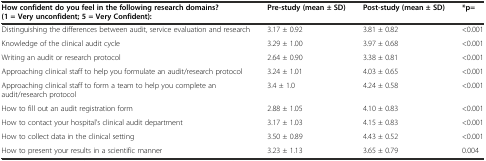
<table><thead><tr><td><b>How confident do you feel in the following research domains? (1 = Very unconfident; 5 = Very Confident):</b></td><td><b>Pre-study (mean ± SD)</b></td><td><b>Post-study (mean ± SD)</b></td><td><b>*p=</b></td></tr></thead><tbody><tr><td>Distinguishing the differences between audit, service evaluation and research</td><td>3.17 ± 0.92</td><td>3.81 ± 0.82</td><td>&lt;0.001</td></tr><tr><td>Knowledge of the clinical audit cycle</td><td>3.29 ± 1.00</td><td>3.97 ± 0.68</td><td>&lt;0.001</td></tr><tr><td>Writing an audit or research protocol</td><td>2.64 ± 0.90</td><td>3.38 ± 0.81</td><td>&lt;0.001</td></tr><tr><td>Approaching clinical staff to help you formulate an audit/research protocol</td><td>3.24 ± 1.01</td><td>4.03 ± 0.65</td><td>&lt;0.001</td></tr><tr><td>Approaching clinical staff to form a team to help you complete an audit/research protocol</td><td>3.4 ± 1.0</td><td>4.24 ± 0.58</td><td>&lt;0.001</td></tr><tr><td>How to fill out an audit registration form</td><td>2.88 ± 1.05</td><td>4.10 ± 0.83</td><td>&lt;0.001</td></tr><tr><td>How to contact your hospital’s clinical audit department</td><td>3.17 ± 1.03</td><td>4.15 ± 0.83</td><td>&lt;0.001</td></tr><tr><td>How to collect data in the clinical setting</td><td>3.50 ± 0.89</td><td>4.43 ± 0.52</td><td>&lt;0.001</td></tr><tr><td>How to present your results in a scientific manner</td><td>3.23 ± 1.13</td><td>3.65 ± 0.79</td><td>0.004</td></tr></tbody></table>